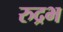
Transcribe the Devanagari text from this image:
रुद्रभ